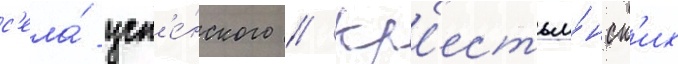
с'ела́ усп'е́нского // Кр'естья́нск'их